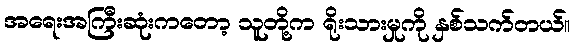
အရေးအကြီးဆုံးကတော့ သူတို့က ရိုးသားမှုကို နှစ်သက်တယ်။